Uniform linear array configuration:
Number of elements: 48
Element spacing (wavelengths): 1
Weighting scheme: binomial
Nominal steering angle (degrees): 15
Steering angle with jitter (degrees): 14.349
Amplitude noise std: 0.05
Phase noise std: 0.05

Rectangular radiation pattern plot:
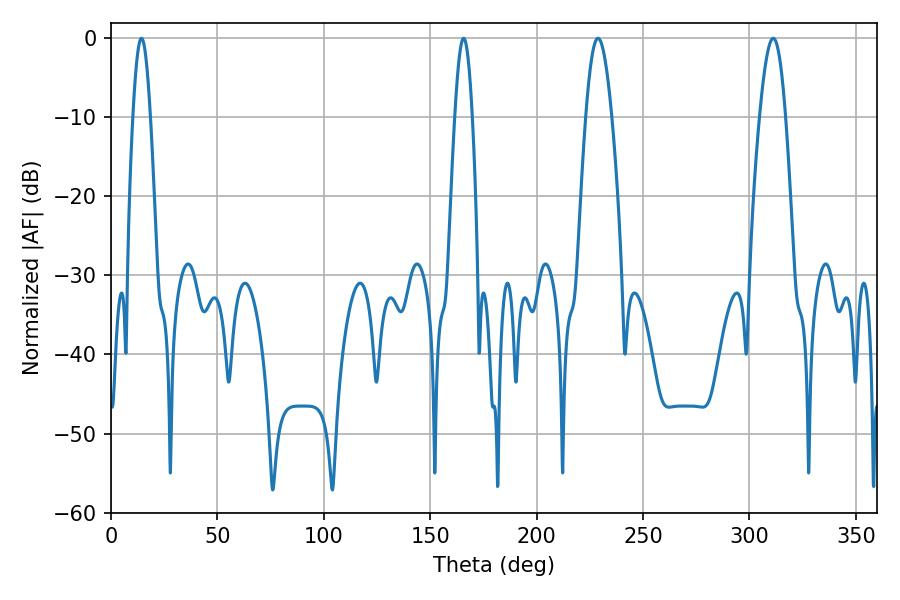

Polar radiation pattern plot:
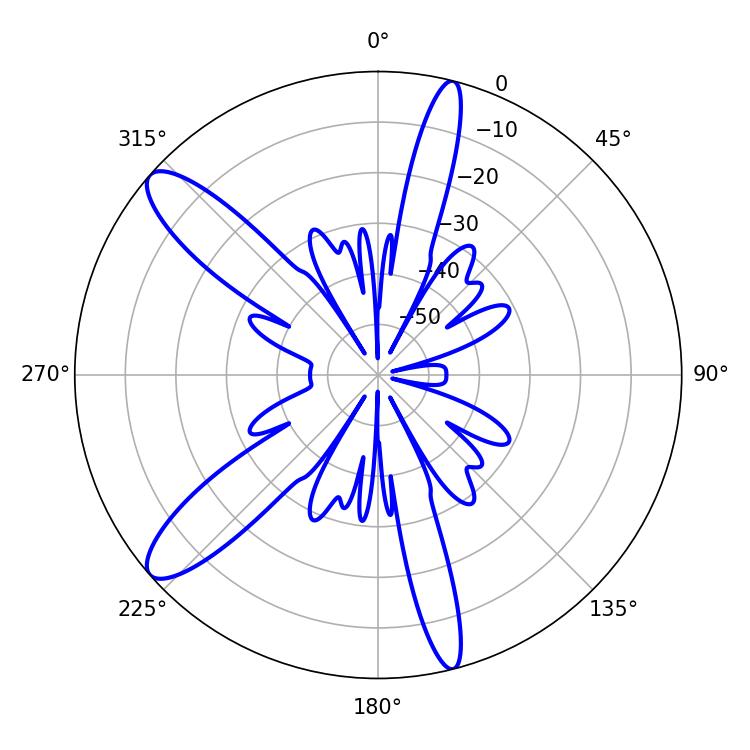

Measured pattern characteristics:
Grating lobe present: TRUE
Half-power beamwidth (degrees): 6.48
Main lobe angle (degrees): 228.78